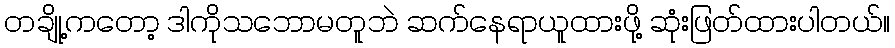
တချို့ကတော့ ဒါကိုသဘောမတူဘဲ ဆက်နေရာယူထားဖို့ ဆုံးဖြတ်ထားပါတယ်။